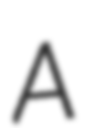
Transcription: A